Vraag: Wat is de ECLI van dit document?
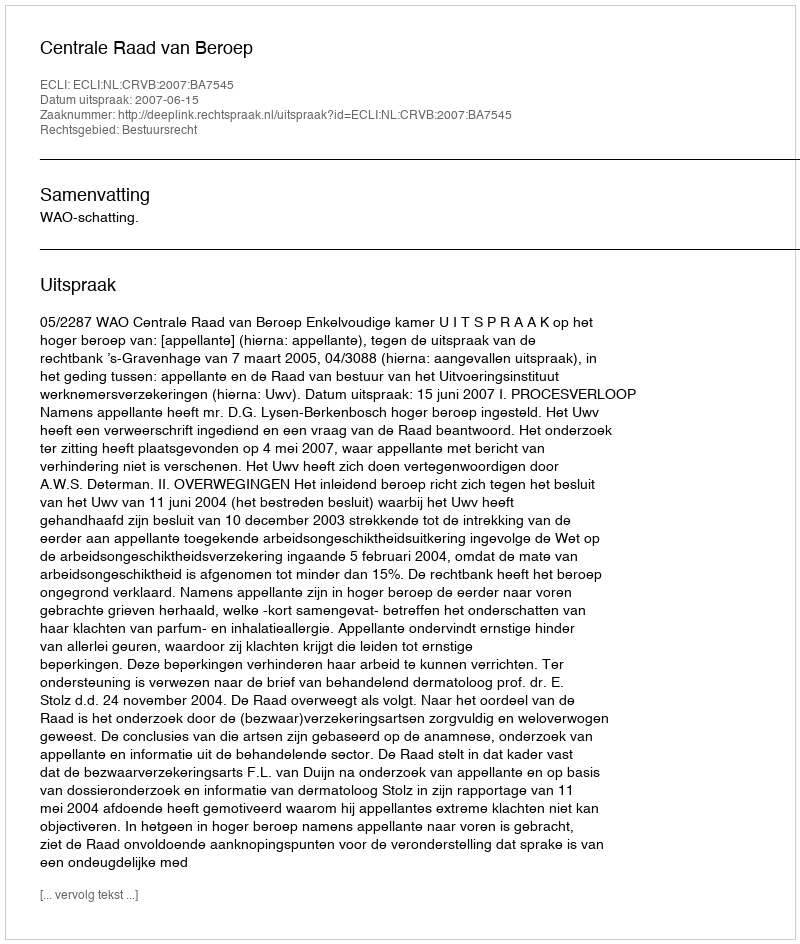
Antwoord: ECLI:NL:CRVB:2007:BA7545